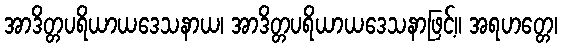
အာဒိတ္တပရိယာယဒေသနာယ၊ အာဒိတ္တပရိယာယဒေသနာဖြင့်။ အရဟတ္တေ၊